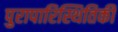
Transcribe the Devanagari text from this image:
पुरापारिस्थितिकी